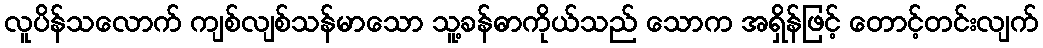
လူပိန်သလောက် ကျစ်လျစ်သန်မာသော သူ့ခန်ဓာကိုယ်သည် သောက အရှိန်ဖြင့် တောင့်တင်းလျက်